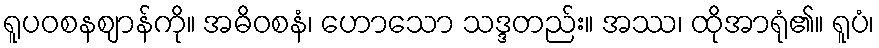
ရူပဝစနဈာန်ကို။ အဓိဝစနံ၊ ဟောသော သဒ္ဒတည်း။ အဿ၊ ထိုအာရုံ၏။ ရူပံ၊